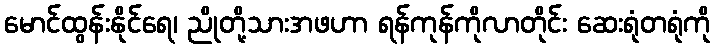
မောင်ထွန်းနိုင်ရေ၊ ညိုတို့သားအဖဟာ ရန်ကုန်ကိုလာတိုင်း ဆေးရုံတရုံကို